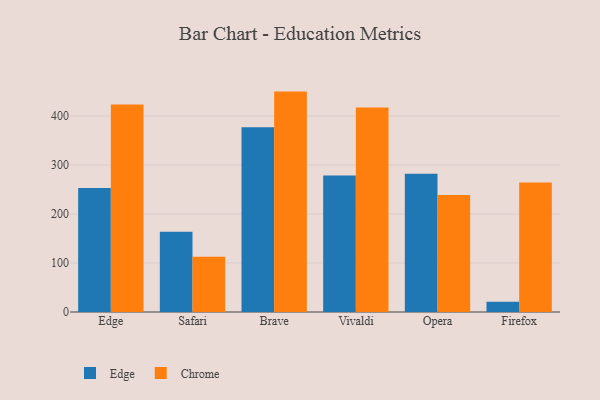
{"axis": {"x": "Browser", "y": "Humidity (%)"}, "legend": ["Chrome", "Edge"], "data": [{"x": "Edge", "y": 253.1, "type": "Edge"}, {"x": "Edge", "y": 423.6, "type": "Chrome"}, {"x": "Safari", "y": 163.5, "type": "Edge"}, {"x": "Safari", "y": 112.6, "type": "Chrome"}, {"x": "Brave", "y": 376.8, "type": "Edge"}, {"x": "Brave", "y": 449.7, "type": "Chrome"}, {"x": "Vivaldi", "y": 278.7, "type": "Edge"}, {"x": "Vivaldi", "y": 417.4, "type": "Chrome"}, {"x": "Opera", "y": 282.2, "type": "Edge"}, {"x": "Opera", "y": 238.6, "type": "Chrome"}, {"x": "Firefox", "y": 21.1, "type": "Edge"}, {"x": "Firefox", "y": 264.1, "type": "Chrome"}]}